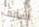
أسقف